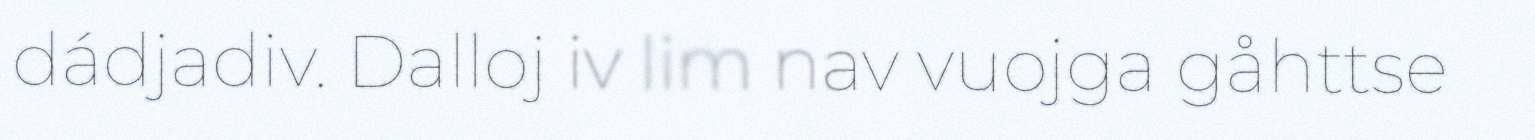
dádjadiv. Dalloj iv lim nav vuojga gåhttse